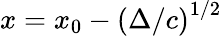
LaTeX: x=x_{0}-\left({\Delta}/{c}\right)^{1/2}